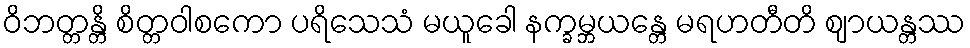
ဝိဘတ္တန္တိ စိတ္တဝါစကော ပရိသေသံ မယူခေါ နက္ခမ္ဘယန္တေ မရဟတီတိ ဈာယန္တဿ